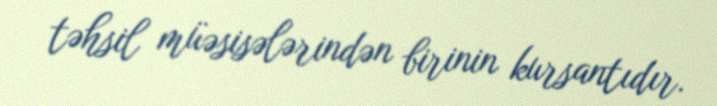
təhsil müəsisələrindən birinin kursantıdır.